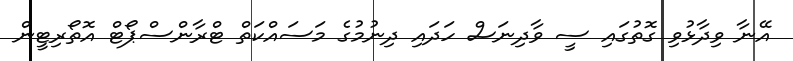
އޭނާ ވިދާޅުވި ގޮތުގައި ސީ ވާދިނަސް ހަދައި ދިނުމުގެ މަސައްކަތް ޓްރާންސްޕޯޓް އޮތޯރިޓީން